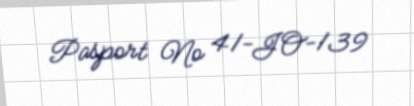
Pasport № 41-JO-139